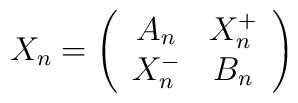
X_n=\left(\begin{array}{cc} A_n&X_n^+\\X_n^-&B_n\end{array}\right)